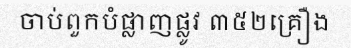
ចាប់ពួកបំផ្លាញផ្លូវ ៣៥២គ្រឿង